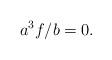
LaTeX: \begin{align*}a^3 f/b=0.\end{align*}